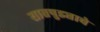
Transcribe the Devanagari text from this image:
सातपुड्याचे